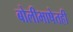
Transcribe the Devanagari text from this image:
बोलीभाषेतही